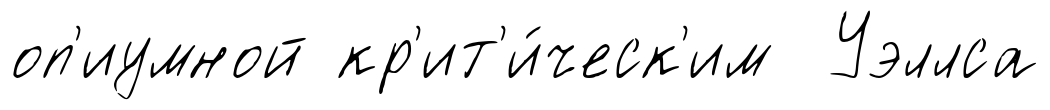
оп'иумной кр'ит'и́ческ'им Уэллса